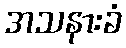
အသနားခံ